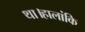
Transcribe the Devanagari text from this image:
था।हालांकि